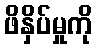
ဖိနှိပ်မှုကို